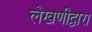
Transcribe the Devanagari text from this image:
लेखणीद्वारा